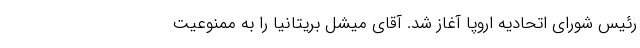
رئیس شورای اتحادیه اروپا آغاز شد. آقای میشل بریتانیا را به ممنوعیت